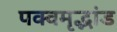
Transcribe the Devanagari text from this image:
पक्वमृद्भांड